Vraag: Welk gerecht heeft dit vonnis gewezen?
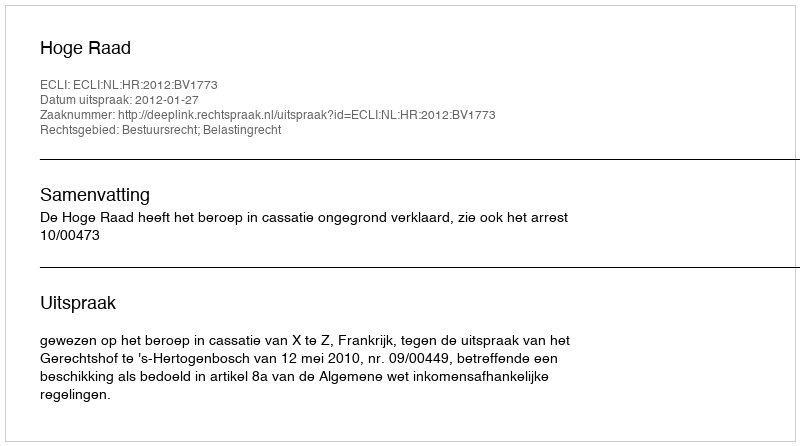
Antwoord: Hoge Raad